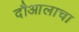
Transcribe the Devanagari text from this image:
दौआलाचा